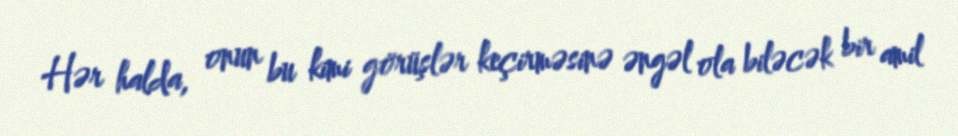
Hər halda, onun bu kimi görüşlər keçirməsinə əngəl ola biləcək bir amil